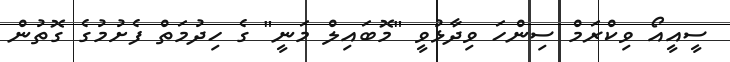
ސީއީއޯ ވިކްރަމް ސިންހަ ވިދާޅުވީ "މޮބައިލް މަނީ" ގެ ހިދުމަތް ފެށުމުގެ ގޮތުން